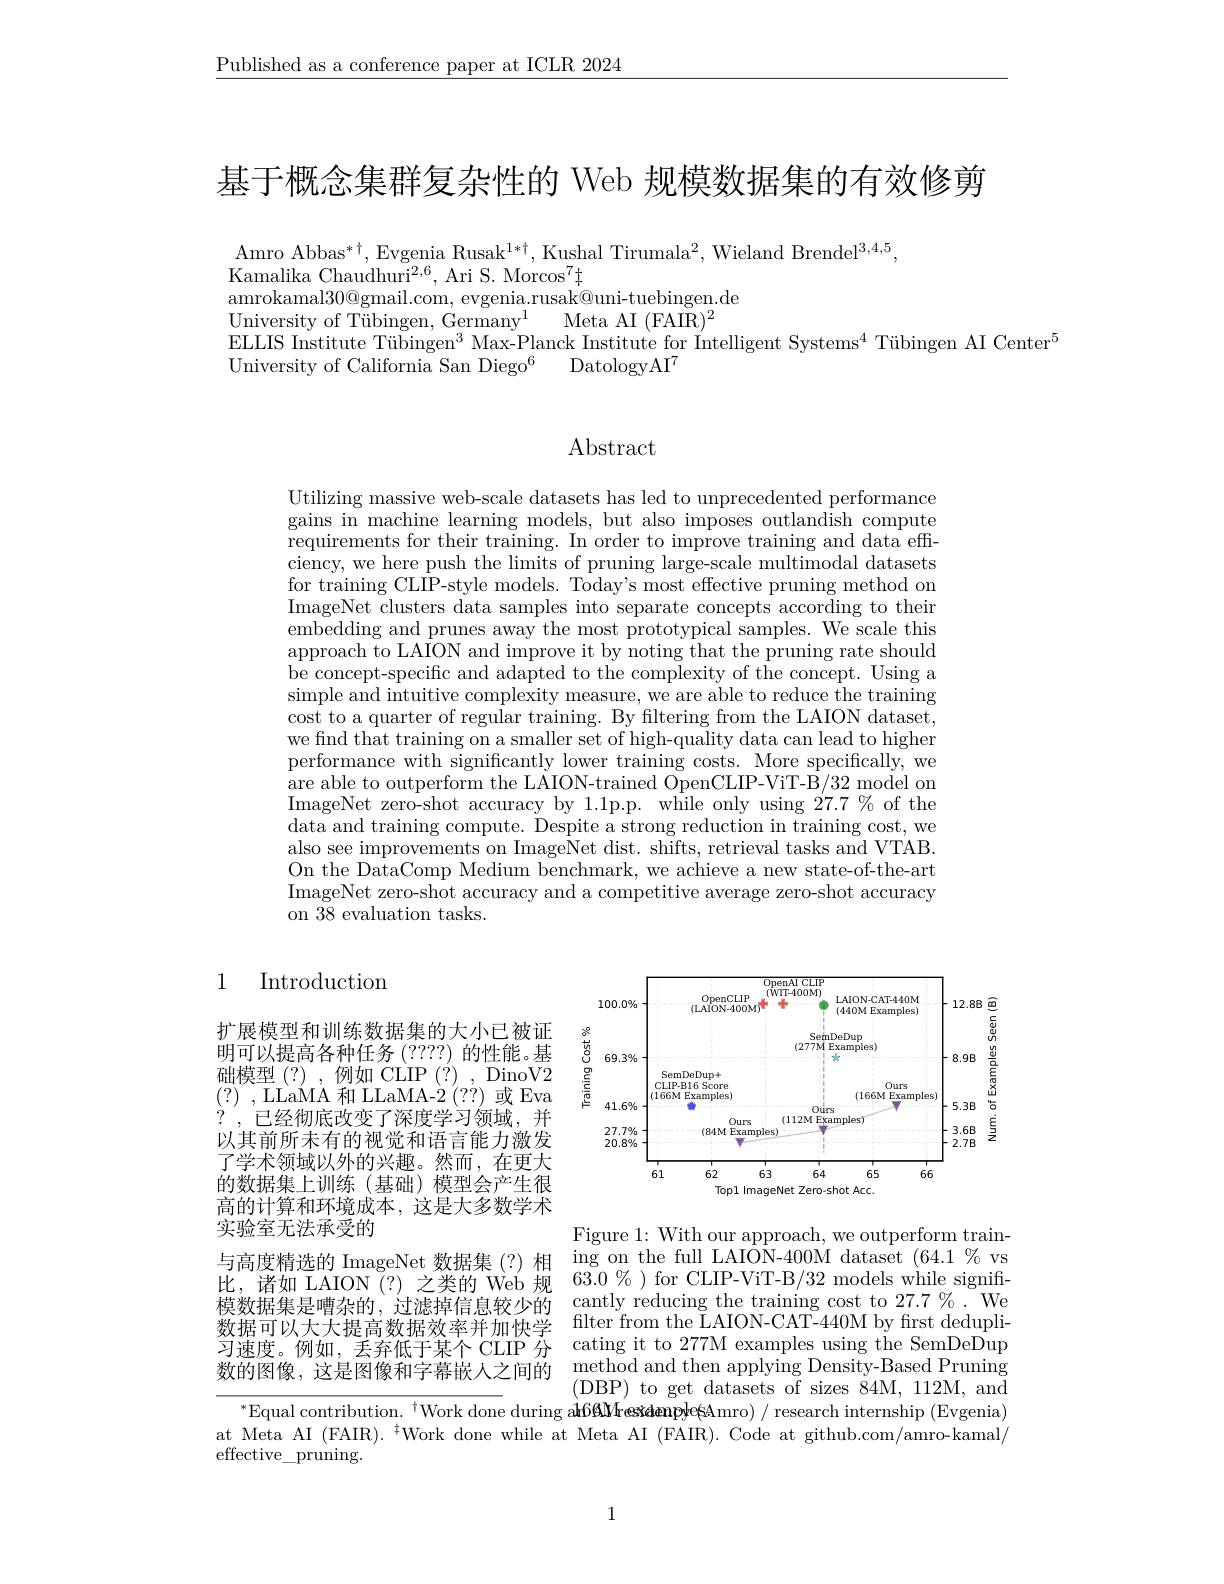
$\underline{\text{Published as a conference paper at ICLR 2024}}$

基于概念集群复杂性的 Web 规模数据集的有效修剪

Amro Abbas$^*\dagger$,Evgenia Rusak$^1*\dagger$,Kushal Tirumala$^2$,Wieland Brendel$^3,4,5$
Kamalika Chaudhuri$^2,6$, Ari S. Morcos$^7\sharp$
amrokamal30@gmail.com, evgenia.rusak@uni-tuebingen.de
University of Tübingen, Germany$^1$
Meta AI (FAIR)$^2$
ELLIS Institute Tübingen$^3$ Max-Planck Institute for Intelligent Systems$^4\text{Tübingen AI Center}^{5}$
DatologyAI$^7$
University of California San Diego$^6$

# Abstract

Utilizing massive web-scale datasets has led to unprecedented performance gains in machine learning models, but also imposes outlandish compute requirements for their training. In order to improve training and data efficiency, we here push the limits of pruning large-scale multimodal datasets for training CLIP-style models. Today's most effective pruning method on ImageNet clusters data samples into separate concepts according to their embedding and prunes away the most prototypical samples. We scale this approach to LAION and improve it by noting that the pruning rate should be concept-specific and adapted to the complexity of the concept. Using a simple and intuitive complexity measure, we are able to reduce the training cost to a quarter of regular training. By filtering from the LAION dataset, we find that training on a smaller set of high-quality data can lead to higher performance with significantly lower training costs. More specifically, we are able to outperform the LAION-trained OpenCLIP-ViT-B/32 model on ImageNet zero- shot accuracy by 1. 1p. p. while only using 27. 7 $\%$ of the data and training compute. Despite a strong reduction in training cost, we also see improvements on Image$\bar\text{Net dist. shifts, retrieval tasks and VTAB}.$ On the DataComp Medium benchmark, we achieve a new state-of-the-art ImageNet zero-shot accuracy and a competitive average zero-shot accuracy on 38 evaluation tasks.

1

Introduction

<FigureHere>

扩展模型和训练数据集的大小已被证明可以提高各种任务 (????) 的性能。基础模型(?),例如 CLIP(?), DinoV2 $(?)~,~{\mathrm{LLaMA~和~LLaMA-2~}}~(??)~$或 Eva ? , $已 经 彻 底 改 变 了 深 度 学 习 领 域 , 并$ 以其前所未有的视觉和语言能力激发了学术领域以外的兴趣。然而，在更大的数据集上训练(基础)模型会产生很高的计算和环境成本，这是大多数学术实验室无法承受的
与高度精选的 ImageNet 数据集(?)相 ing on the full LAION-40
比，诸如 LAION (?) 之类的 Web 规模数据集是嘈杂的，过滤掉信息较少的数据可以大大提高数据效率并加快学习速度。例如，丢弃低于某个 CLIP 分 cating it to 277M examples using the SemDeDup 数的图像，这是图像和字幕嵌人之间的 method and then applying Densi

Figure 1: With our approach, we outperform train $63.0\%$ ) for CLIP-ViT-B/32 models while significantly reducing the training cost to $27.7\%.$We filter from the $\bar{L}$AION- CAT- 440M by first dedupli- (DBP) to get datasets of sizes 84M, 112M, and
$^{*}$Equal contribution. $^{\dagger}$Work done during at Meta AI (FAIR).$^{\:\dagger}$Work done while at Meta AI (FAIR).Code at github.com/amro-kamal/

effective\_pruning.

1